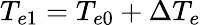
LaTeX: T_{e1}=T_{e0}+\Delta T_{e}